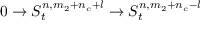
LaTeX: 0 \rightarrow S _ { t } ^ { n , m _ { 2 } + n _ { c } + l } \rightarrow S _ { t } ^ { n , m _ { 2 } + n _ { c } - l }